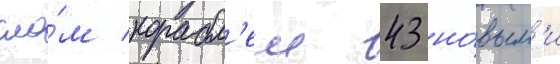
сло́м корабл'еи 43 но́вым'и